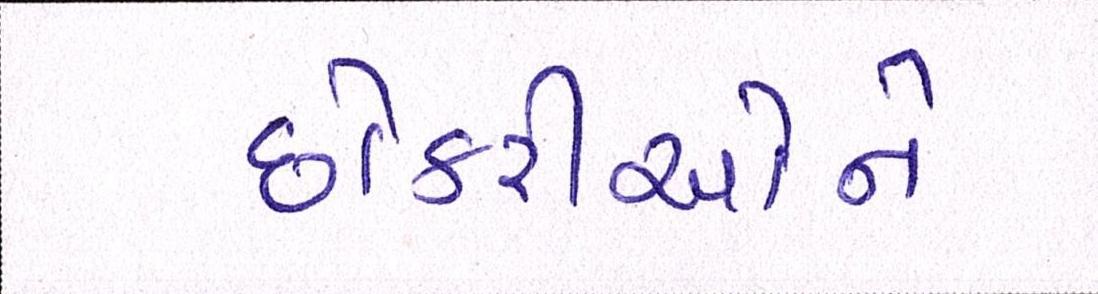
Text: છોકરીઓને